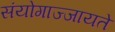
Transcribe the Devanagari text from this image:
संयोगाज्जायते